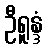
ဦရူန္ဒံ